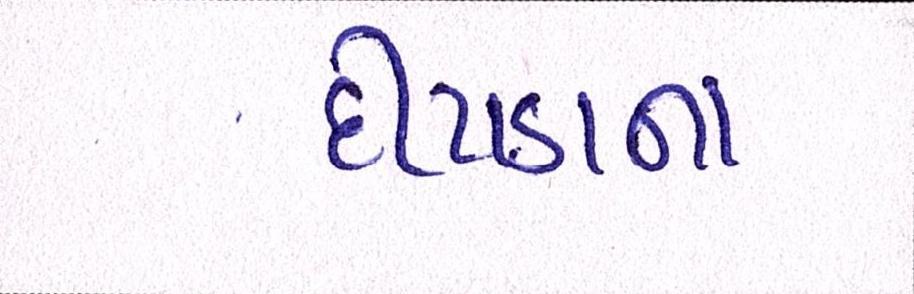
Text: દીપડાના